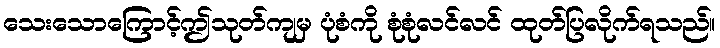
သေးသောကြောင့်ဤသုတ်ကျမှ ပုံစံကို စုံစုံလင်လင် ထုတ်ပြလိုက်ရသည်။